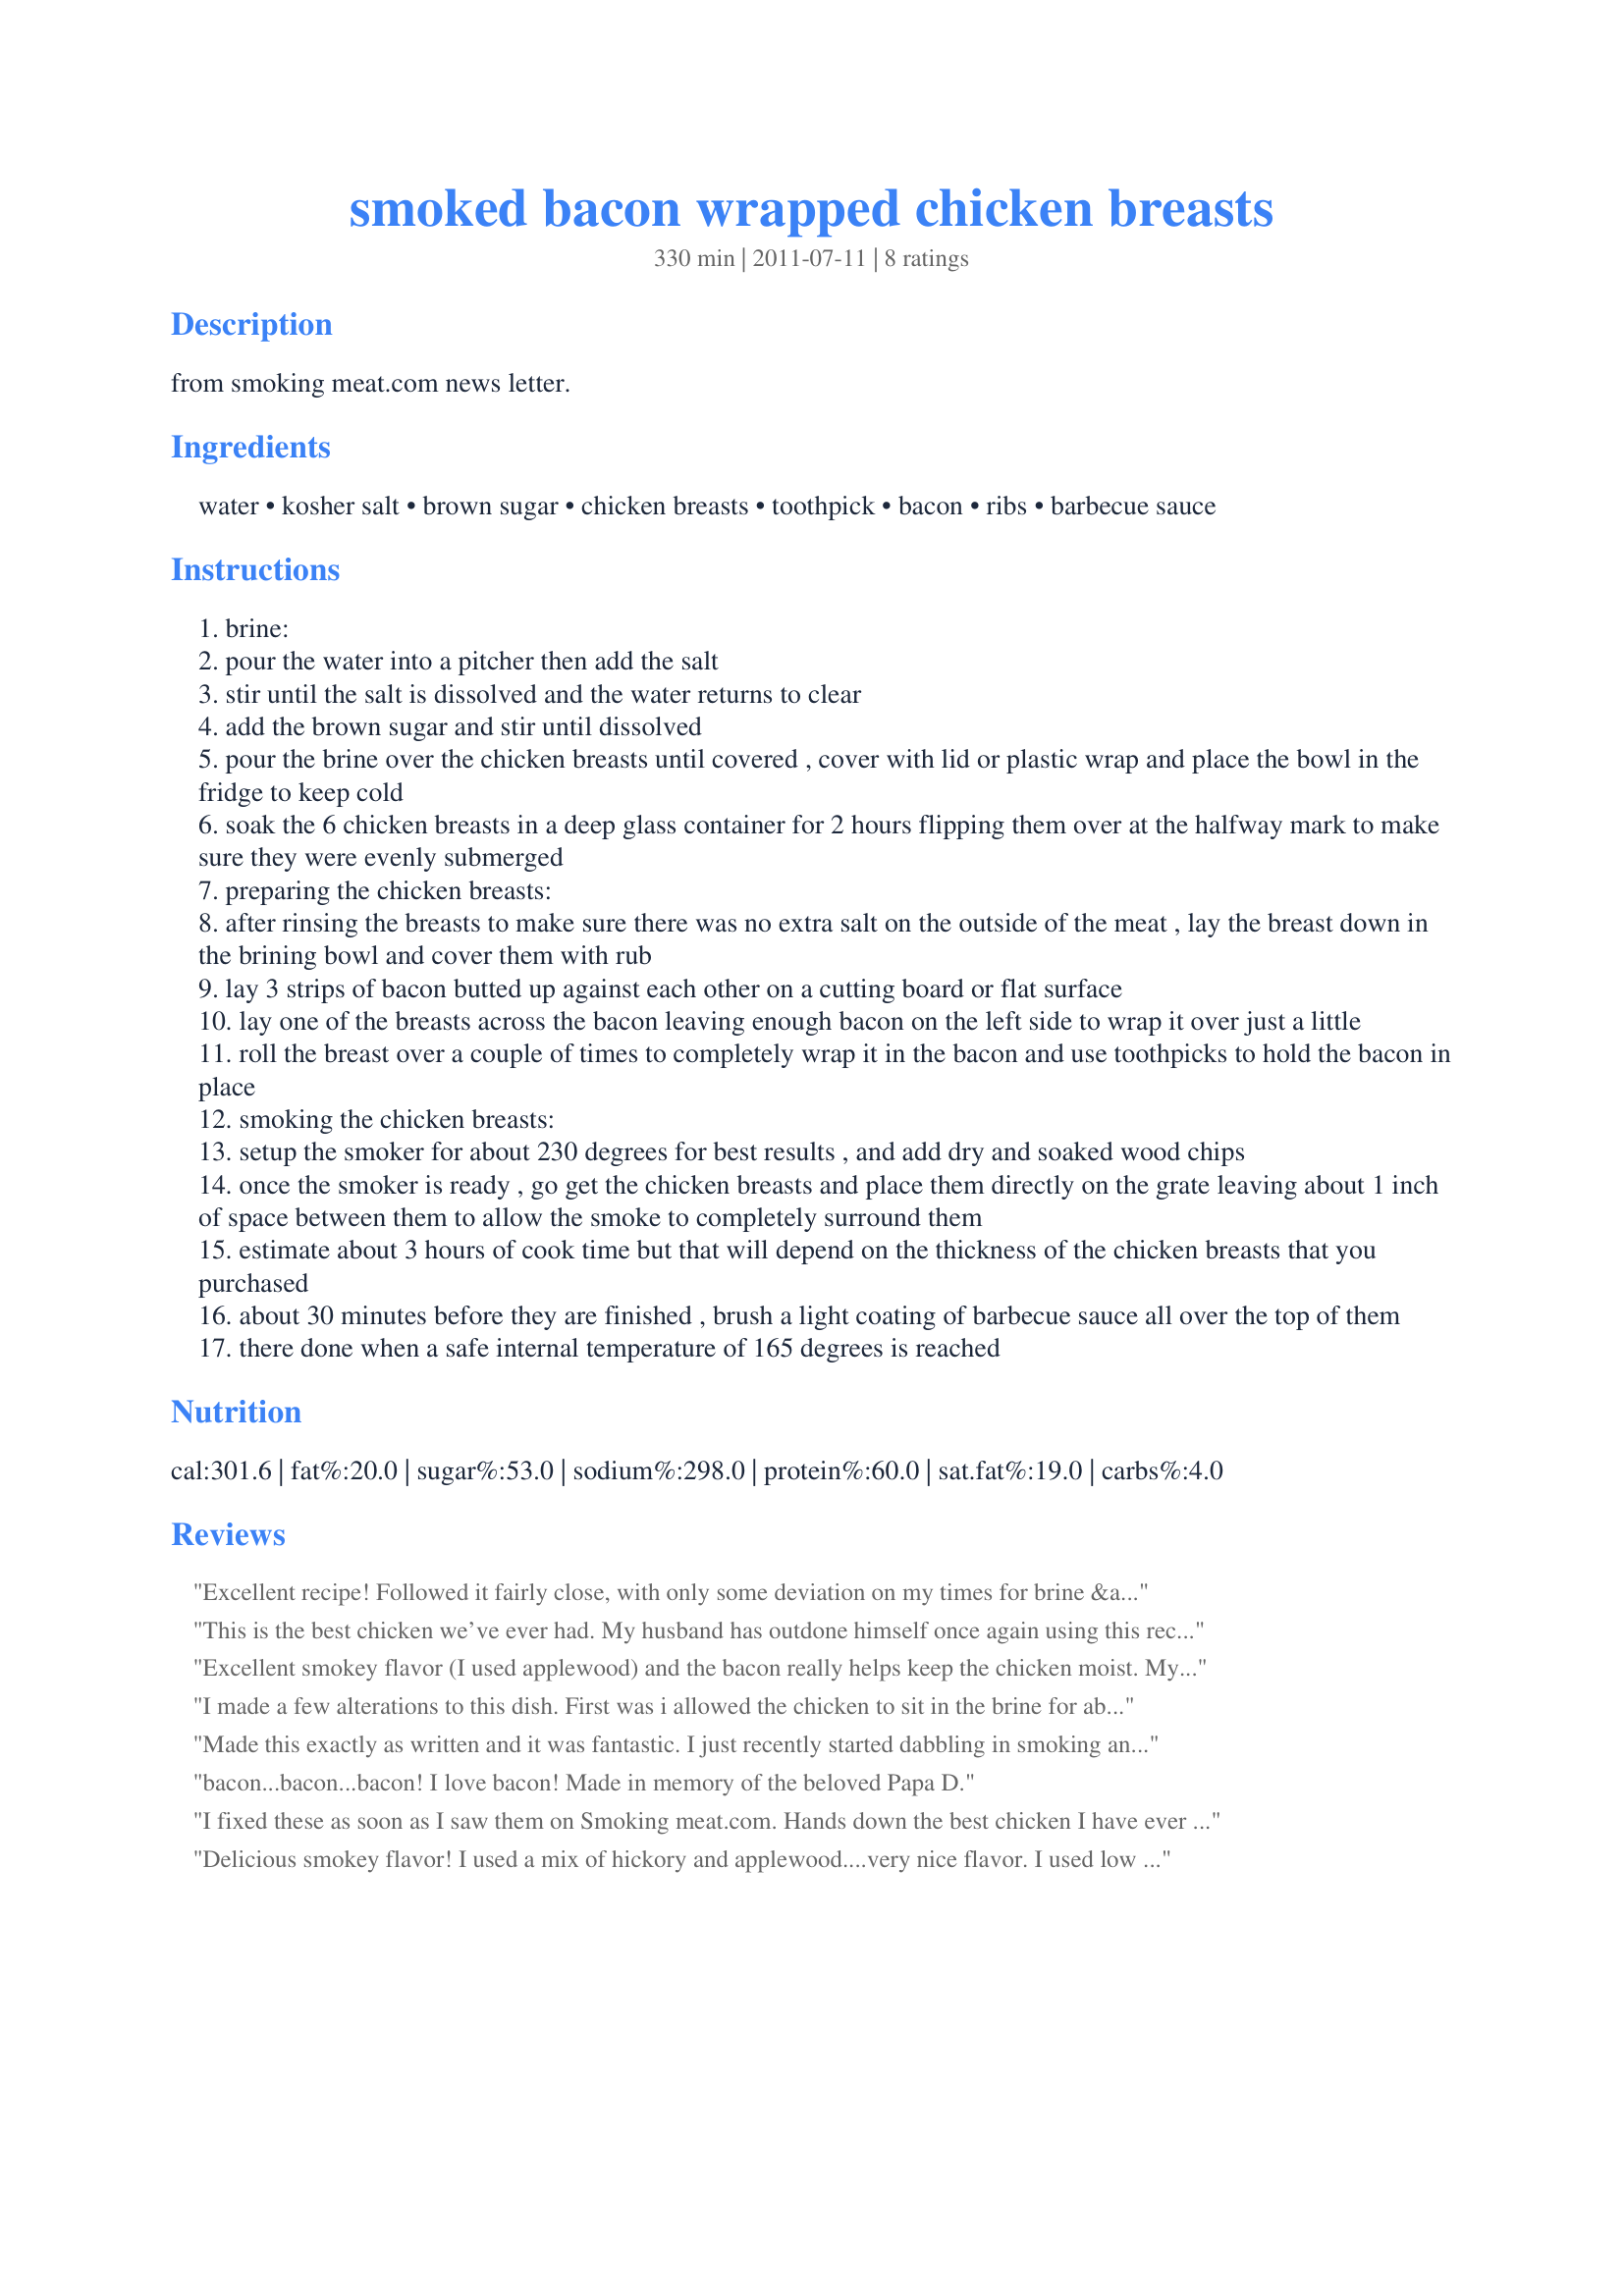
smoked bacon wrapped chicken breasts
Preparation time: 330 minutes

from smoking meat.com news letter.

Ingredients:
water, kosher salt, brown sugar, chicken breasts, toothpick, bacon, ribs, barbecue sauce

Steps:
brine:
pour the water into a pitcher then add the salt
stir until the salt is dissolved and the water returns to clear
add the brown sugar and stir until dissolved
pour the brine over the chicken breasts until covered , cover with lid or plastic wrap and place the bowl in the fridge to keep cold
soak the 6 chicken breasts in a deep glass container for 2 hours flipping them over at the halfway mark to make sure they were evenly submerged
preparing the chicken breasts:
after rinsing the breasts to make sure there was no extra salt on the outside of the meat , lay the breast down in the brining bowl and cover them with rub
lay 3 strips of bacon butted up against each other on a cutting board or flat surface
lay one of the breasts across the bacon leaving enough bacon on the left side to wrap it over just a little
roll the breast over a couple of times to completely wrap it in the bacon and use toothpicks to hold the bacon in place
smoking the chicken breasts:
setup the smoker for about 230 degrees for best results , and add dry and soaked wood chips
once the smoker is ready , go get the chicken breasts and place them directly on the grate leaving about 1 inch of space between them to allow the smoke to completely surround them
estimate about 3 hours of cook time but that will depend on the thickness of the chicken breasts that you purchased
about 30 minutes before they are finished , brush a light coating of barbecue sauce all over the top of them
there done when a safe internal temperature of 165 degrees is reached

Reviews:
Excellent recipe! Followed it fairly close, with only some deviation on my times for brine &amp; smoke. Smoked with apple wood in my masterbuilt 40. Had a couple friends over for dinner &amp; got great kudos from everyone! Breasts stayed moist &amp; we're very flavorful. Used Kinder's roasted garlic BBQ sauce to baste &amp; spade L ranch chicken seasoning for my rub. Had to throw some worcestershire on before I rubbed the chicken down because I rarely smoke without it. Overall A+!
This is the best chicken we’ve ever had. My husband has outdone himself once again using this recipe.
Excellent smokey flavor (I used applewood) and the bacon really helps keep the chicken moist. My first attempt at smoking and it worked brilliantly! I&#039;m proud they came out looking a lot like Papa D&#039;s.
I made a few alterations to this dish. First was i allowed the chicken to sit in the brine for about 6 hours before i started cooking it. Second i made some honey bbq sauce for the sauce and a good chicken rub for the base. Cooking was only about an hour and 20 mins was delicious and moist. Next time ill use a lower heat to try and infuse more of the apple wood smokey flavor. All in all it was amazing and ill definitely be making it again.
Made this exactly as written and it was fantastic. I just recently started dabbling in smoking and this was my favorite by far. it took about 3 hours with my smoker temp hovering around 225 (pretty large pieces of meat).
bacon...bacon...bacon! I love bacon! Made in memory of the beloved Papa D.
I fixed these as soon as I saw them on Smoking meat.com. Hands down the best chicken I have ever fixed<br/><br/>Read more: http://www.food.com/mail/view?msgid=3674672#ixzz1S1FxaBxY
Delicious smokey flavor! I used a mix of hickory and applewood....very nice flavor. I used low sodium, 25% lower fat bacon to try and reduce some fat calories, and these turned out delicious. I only had to cook my breasts for 1 hour 10 minutes over indirect heat to get them smokey, tender, and juicy. Thanks for sharing! Made for PAC Fall 2011.
